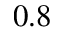
0 . 8